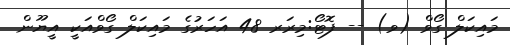
މައިކަލް ގޯވް (ވ) -- ފޮޓޯ:މިރަރ 48 އަހަރުގެ މައިކަލް ގޯވްއަކީ އީޔޫން